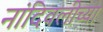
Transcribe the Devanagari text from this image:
नांदिवलीच्या